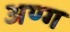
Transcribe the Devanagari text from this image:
अण्ग